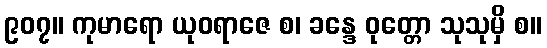
၉၀၇။ ကုမာရော ယုဝရာဇေ စ၊ ခန္ဒေ ဝုတ္တော သုသုမှိ စ။